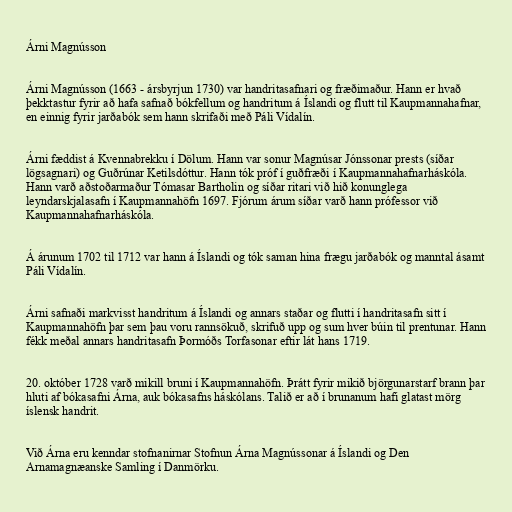
Árni Magnússon

Árni Magnússon (1663 - ársbyrjun 1730) var handritasafnari og fræðimaður. Hann er hvað
þekktastur fyrir að hafa safnað bókfellum og handritum á Íslandi og flutt til Kaupmannahafnar,
en einnig fyrir jarðabók sem hann skrifaði með Páli Vídalín.

Árni fæddist á Kvennabrekku í Dölum. Hann var sonur Magnúsar Jónssonar prests (síðar
lögsagnari) og Guðrúnar Ketilsdóttur. Hann tók próf í guðfræði í Kaupmannahafnarháskóla.
Hann varð aðstoðarmaður Tómasar Bartholin og síðar ritari við hið konunglega
leyndarskjalasafn í Kaupmannahöfn 1697. Fjórum árum síðar varð hann prófessor við
Kaupmannahafnarháskóla.

Á árunum 1702 til 1712 var hann á Íslandi og tók saman hina frægu jarðabók og manntal ásamt
Páli Vídalín.

Árni safnaði markvisst handritum á Íslandi og annars staðar og flutti í handritasafn sitt í
Kaupmannahöfn þar sem þau voru rannsökuð, skrifuð upp og sum hver búin til prentunar. Hann
fékk meðal annars handritasafn Þormóðs Torfasonar eftir lát hans 1719.

20. október 1728 varð mikill bruni í Kaupmannahöfn. Þrátt fyrir mikið björgunarstarf brann þar
hluti af bókasafni Árna, auk bókasafns háskólans. Talið er að í brunanum hafi glatast mörg
íslensk handrit.

Við Árna eru kenndar stofnanirnar Stofnun Árna Magnússonar á Íslandi og Den
Arnamagnæanske Samling í Danmörku.